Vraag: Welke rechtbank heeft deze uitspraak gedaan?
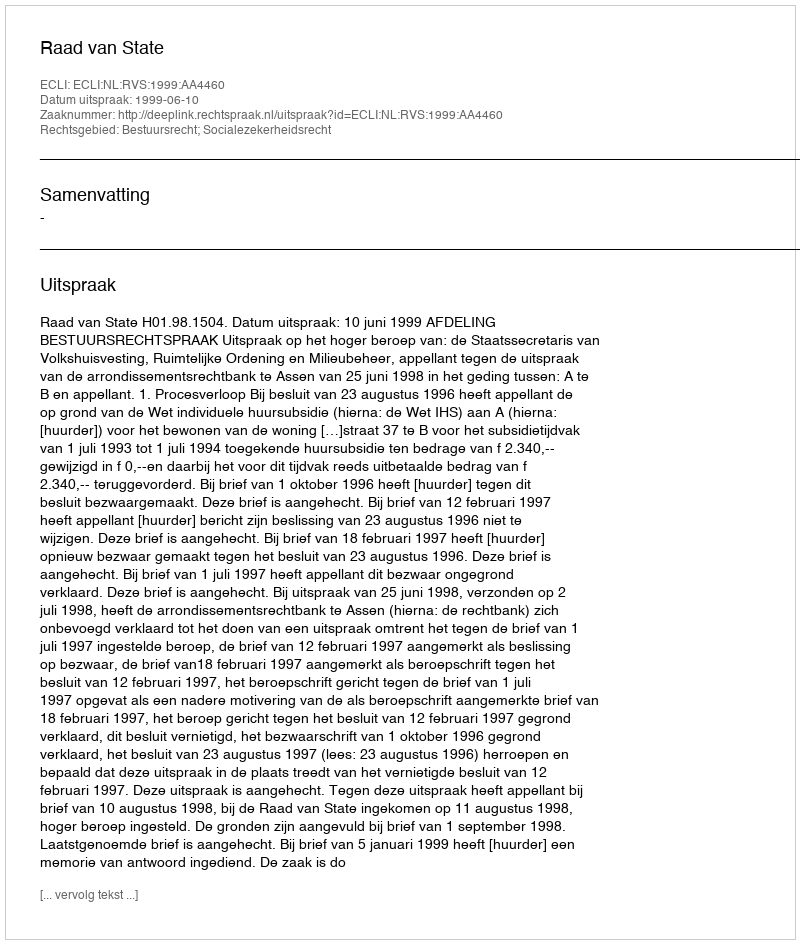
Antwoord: Raad van State